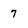
Character: 7